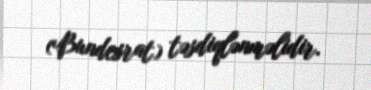
(Bundesrat) təsdiqlənməlidir.